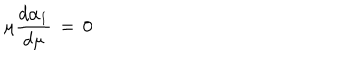
\mu { \frac { d \alpha _ { 1 } } { d \mu } } \, = \, 0